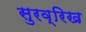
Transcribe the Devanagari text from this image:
सुरव्रिख